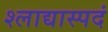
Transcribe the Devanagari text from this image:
श्लाद्यास्पदं